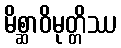
မိစ္ဆာဝိမုတ္တိဿ